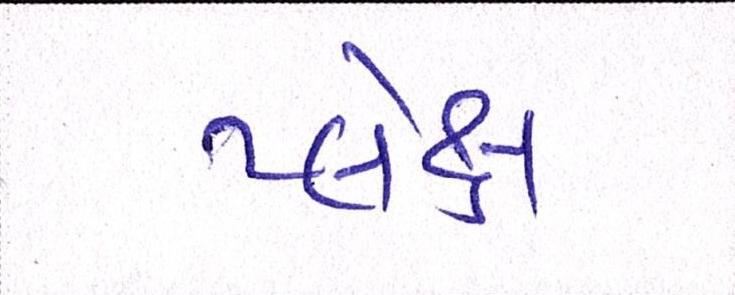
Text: પ્લેક્ષ